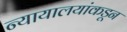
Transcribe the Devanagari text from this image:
न्यायालयांकडून